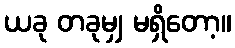
ယခု တခုမျှ မရှိတော့။